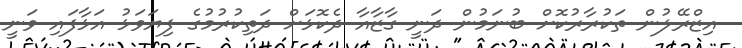
އިޒްރޭލުން ތަކުރާރުކޮށް ބުނަމުން ދަނީ ގާޒާއާ ދެކޮޅަށް ދަތިކުރުމުގެ ފިޔަވަޅު އަޅާފައި ވަނީ